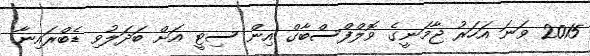
2015 ވަނަ އަހަރު ޖާމަނީގެ ވޮލްފްސްބާގް އިން ސިޓީ އަށް ބަދަލުވި ޑެބްރައިނާ